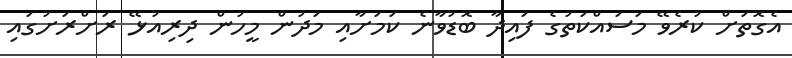
އެގޮތަށް ކުރެވޭ މަސައްކަތުގެ ފައިދާ ބޮޑުވާނެ ކަމަށާއި މަދުން މީހުން ދިރިއުޅޭ ރަށްރަށުގައި